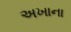
અખાના